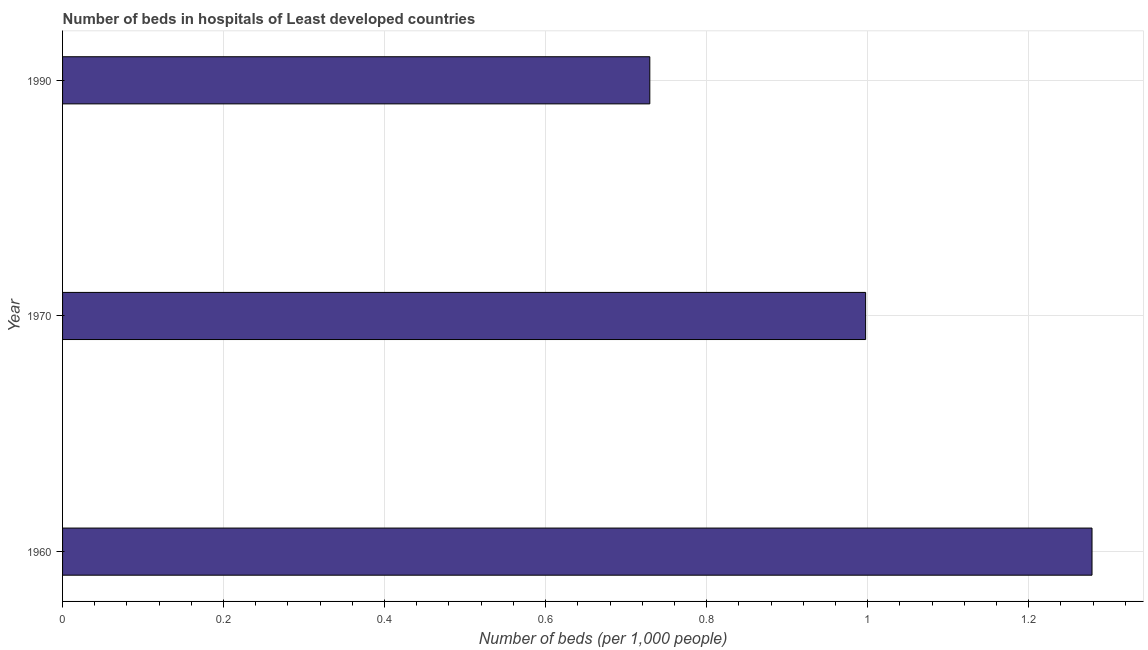
| Year | Hospital beds |
 | --- | --- |
 | 1960 | 1.28 |
 | 1970 | 0.998 |
 | 1990 | 0.729 |